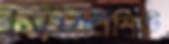
সিমবিশিষ্ট